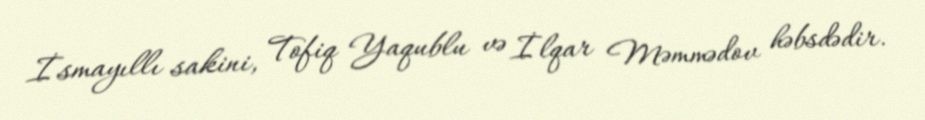
İsmayıllı sakini, Tofiq Yaqublu və İlqar Məmmədov həbsdədir.